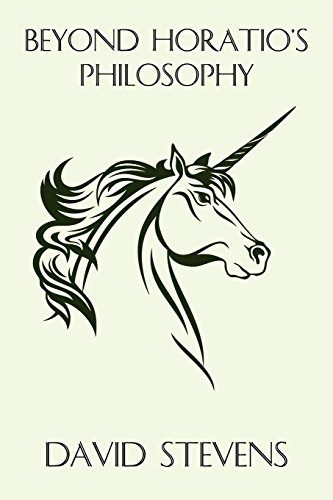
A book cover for Beyond Horatio's Philosophy: The Fantasy of Peter S. Beagle; David Stevens; Science Fiction & Fantasy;